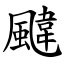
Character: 颹